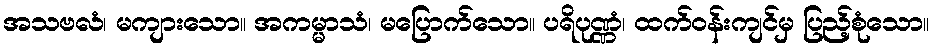
အသဗလံ၊ မကျားသော။ အကမ္မာသံ၊ မပြောက်သော။ ပရိပုဏ္ဏံ၊ ထက်ဝန်းကျင်မှ ပြည့်စုံသော။